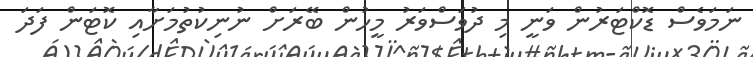
ނަމަވެސް ޑޮކްޓަރުން ވަނީ މި ދުވަސްވަރު މީހުން ބޭރަށް ނުނިކުތުމަށާއި ކޮޓަން ފަދަ